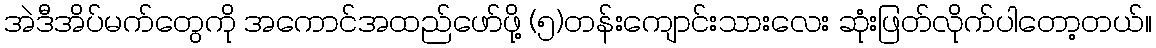
အဲဒီအိပ်မက်တွေကို အကောင်အထည်ဖော်ဖို့ (၅)တန်းကျောင်းသားလေး ဆုံးဖြတ်လိုက်ပါတော့တယ်။